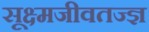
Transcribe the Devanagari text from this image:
सूक्ष्मजीवतज्ज्ञ